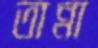
তান্না